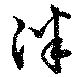
泮